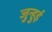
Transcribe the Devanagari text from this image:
जुन्हुई